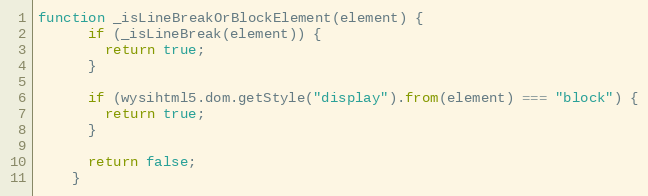
Language: JavaScript
function _isLineBreakOrBlockElement(element) {
      if (_isLineBreak(element)) {
        return true;
      }

      if (wysihtml5.dom.getStyle("display").from(element) === "block") {
        return true;
      }

      return false;
    }